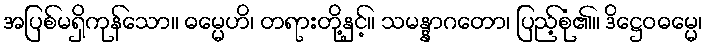
အပြစ်မရှိကုန်သော။ ဓမ္မေဟိ၊ တရားတို့နှင့်။ သမန္နာဂတော၊ ပြည့်စုံ၏။ ဒိဋ္ဌေဝဓမ္မေ၊